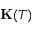
\mathbf K ( T )